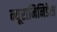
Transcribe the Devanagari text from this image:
न्यूरामिनिडेस